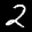
Label: 2